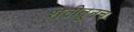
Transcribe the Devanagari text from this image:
शेतीतूनच